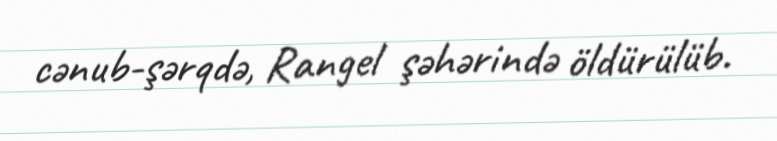
cənub-şərqdə, Rangel şəhərində öldürülüb.